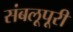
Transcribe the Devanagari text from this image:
संबलूपूरी